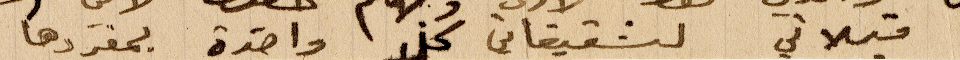
قبلاتي لشقيقاتي كل واحدة بمفردها